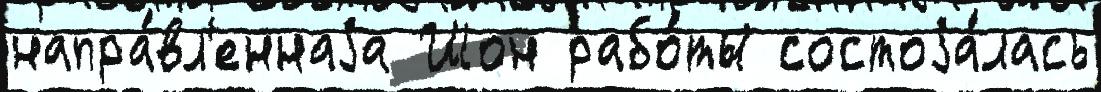
напра́вл'еннаjа Шон рабо́ты состоjа́лась